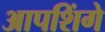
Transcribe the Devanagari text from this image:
आपशिंगे